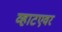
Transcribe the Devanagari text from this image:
व्हाटएवर